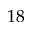
1 8